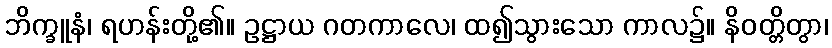
ဘိက္ခူနံ၊ ရဟန်းတို့၏။ ဥဋ္ဌာယ ဂတကာလေ၊ ထ၍သွားသော ကာလ၌။ နိဝတ္တိတွာ၊